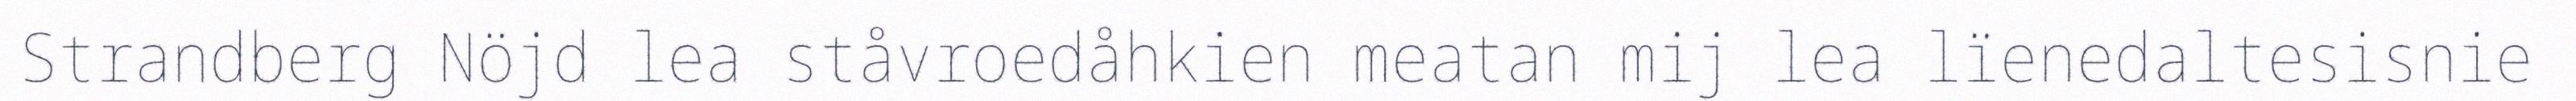
Strandberg Nöjd lea ståvroedåhkien meatan mij lea lïenedaltesisnie